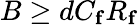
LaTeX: B\geq dC_{\mathbf{f}}R_{\mathbf{f}}